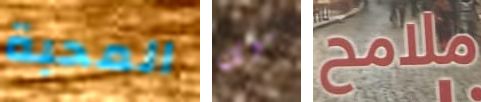
المحبة كل ملامح